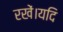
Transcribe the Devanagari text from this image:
रखें।यदि